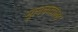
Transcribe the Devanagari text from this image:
मूलकवाला